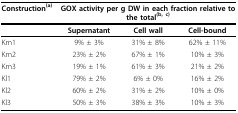
<table><thead><tr><td><b>Construction<sup>(a)</sup></b></td><td colspan="3"><b>GOX activity per g DW in each fraction relative to the total<sup>(b, c)</sup></b></td></tr><tr><td></td><td><b>Supernatant</b></td><td><b>Cell wall</b></td><td><b>Cell-bound</b></td></tr></thead><tbody><tr><td>Km1</td><td>9% ± 3%</td><td>31% ± 8%</td><td>62% ± 11%</td></tr><tr><td>Km2</td><td>23% ± 2%</td><td>67% ± 1%</td><td>10% ± 3%</td></tr><tr><td>Km3</td><td>19% ± 1%</td><td>61% ± 3%</td><td>21% ± 2%</td></tr><tr><td>Kl1</td><td>79% ± 2%</td><td>6% ± 0%</td><td>16% ± 2%</td></tr><tr><td>Kl2</td><td>60% ± 2%</td><td>31% ± 2%</td><td>10% ± 0%</td></tr><tr><td>Kl3</td><td>50% ± 3%</td><td>38% ± 3%</td><td>10% ± 3%</td></tr></tbody></table>